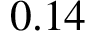
0 . 1 4